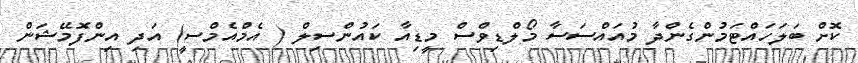
ކޮށް ބަލަހައްޓަމުންގެންދާ މުއައްސަސާ މޯލްޑިވްސް މީޑިއާ ކައުންސިލް ( އެމްއެމްސީ) އަދި އިންފޮމޭޝަން